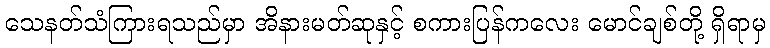
သေနတ်သံကြားရသည်မှာ အိနားမတ်ဆုနှင့် စကားပြန်ကလေး မောင်ချစ်တို့ ရှိရာမှ